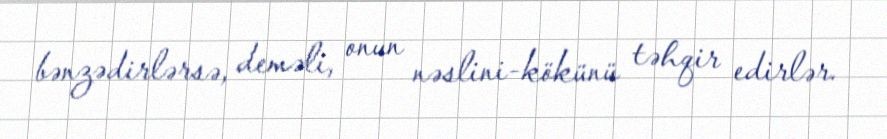
bənzədirlərsə, deməli, onun nəslini-kökünü təhqir edirlər.